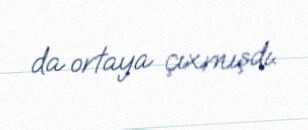
da ortaya çıxmışdı.